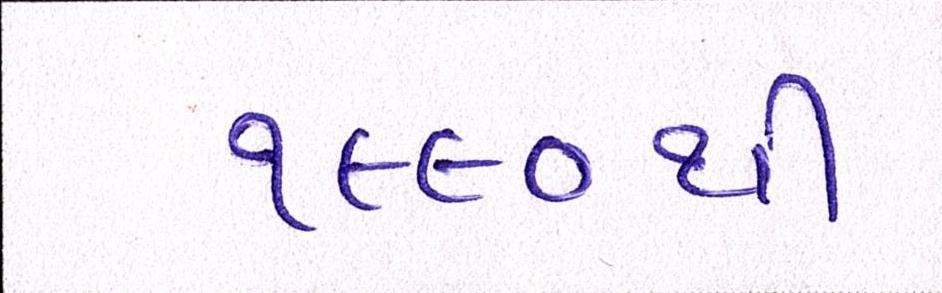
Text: ૧૯૯૦થી